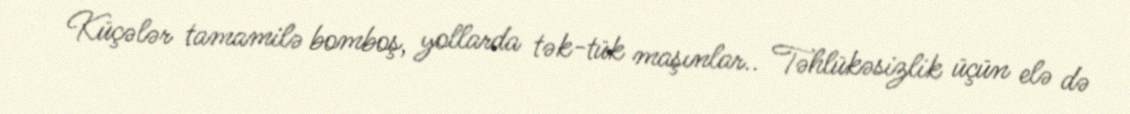
Küçələr tamamilə bomboş, yollarda tək-tük maşınlar.. Təhlükəsizlik üçün elə də